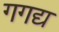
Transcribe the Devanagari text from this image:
गगद्य